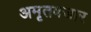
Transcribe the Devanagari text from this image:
अमृतबजार